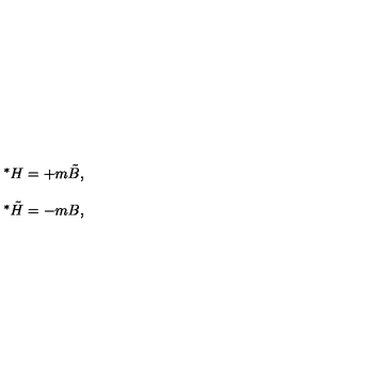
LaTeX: \begin{array} { r c l } { } & { } & { { } ^ { * } H = + m \tilde { B } , } \\ { } & { } & { } \\ { } & { } & { { } ^ { * } \tilde { H } = - m B , } \\ \end{array}